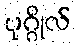
ပုဂ္ဂိုလ်